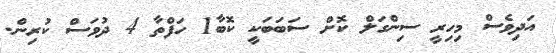
އަދިވެސް މިހިރީ ސިންގަލް ކޮށް ސަބަބަކީ ކޮބާ1 ހަފްތާ 4 ދުވަސް ކުރިން.